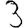
Digit: 3